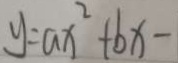
y = a x ^ { 2 } + b x -